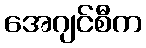
အေဂျင်စီက